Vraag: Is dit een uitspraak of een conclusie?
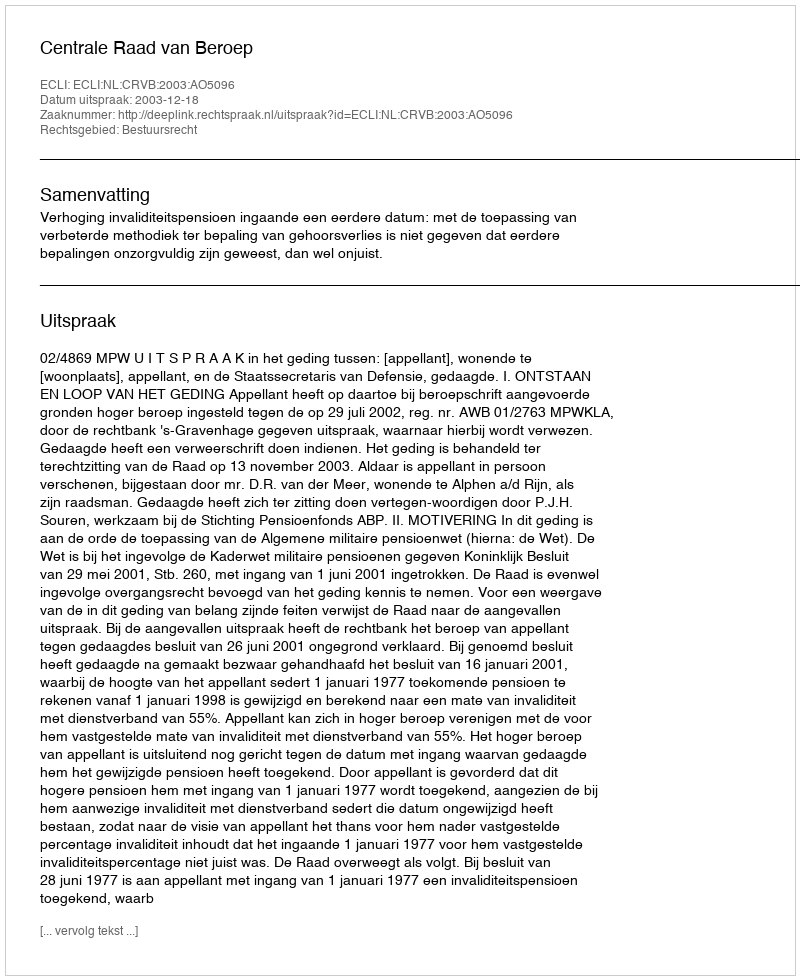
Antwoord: Uitspraak